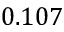
0 . 1 0 7